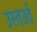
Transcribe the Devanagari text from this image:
उस्तउर्त